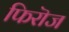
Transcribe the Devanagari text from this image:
फिरॊज